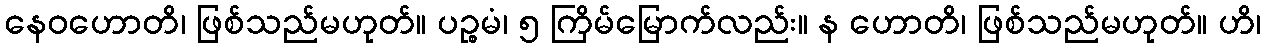
နေဝဟောတိ၊ ဖြစ်သည်မဟုတ်။ ပဉ္စမံ၊ ၅ ကြိမ်မြောက်လည်း။ န ဟောတိ၊ ဖြစ်သည်မဟုတ်။ ဟိ၊